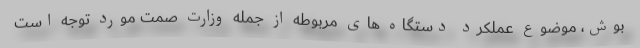
بوش، موضوع عملکرد دستگاه های مربوطه از جمله وزارت صمت مورد توجه است